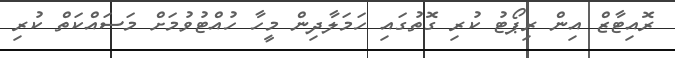
ރޮއިޓާޒް އިން ރިޕޯޓު ކުރި ގޮތުގައި ހަމަލާދިން މީހާ ހުއްޓުވުމަށް މަސައްކަތް ކުރި